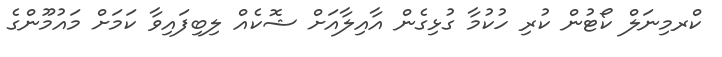
ކްރމިނަލް ކޯޓުން ކުރި ހުކުމާ ގުޅިގެން އާއިލާއަށް ޝޮކެއް ލިބިފައިވާ ކަމަށް މައުމޫންގެ